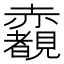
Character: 𧺃